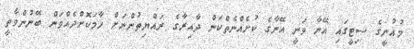
މުޣުނީގެ ސިޓީގައި އޭނާ ވަނީ އޭނާގެ ކުށެއްނެތްކަން ދާއިރާގެ ރައްޔިތުންނަށް ހާމަކޮށްދެއްވަން ބޭނުންވާތީ